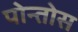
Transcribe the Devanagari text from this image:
पोन्तोस